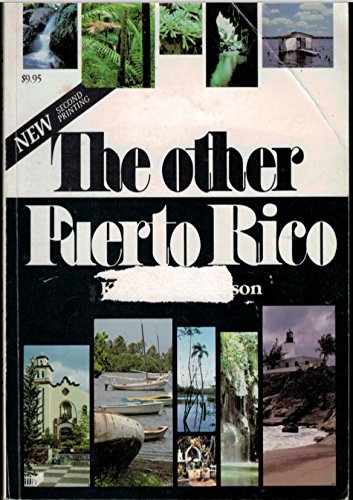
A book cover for The Other Puerto Rico; Kathryn Robinson; Travel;